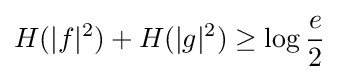
H(|f|^{2})+H(|g|^{2})\geq \log {\frac {e}{2}}~